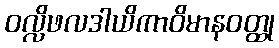
ဝလ္လိဖလဒါယိကာဝိမာနဝတ္ထု